Indian Civil Veterinary Department memoirs
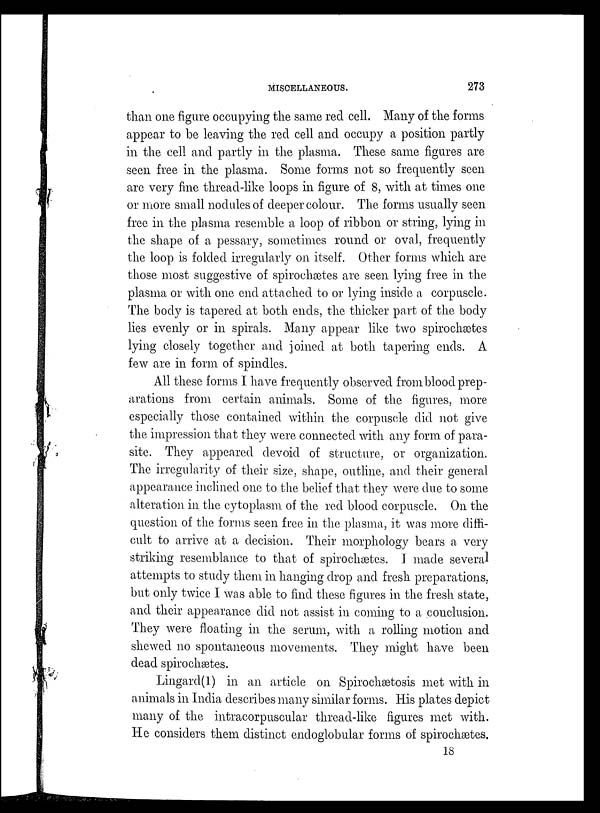
MISCELLANEOUS.
273
than one figure occupying the same red cell. Many of the forms
appear to be leaving the red cell and occupy a position partly
in the cell and partly in the plasma. These same figures are
seen free in the plasma, Some forms not so frequently seen
are very fine thread-like loops in figure of 8, with at times one
or more small nodules of deeper colour. The forms usually seen
free in the plasma resemble a loop of ribbon or string, lying in
the shape of a pessary, sometimes round or oval, frequently
the loop is folded irregularly on itself. Other forms which are
those most suggestive of spirochætes are seen lying free in the
plasma or with one end attached to or lying inside a corpuscle.
The body is tapered at both ends, the thicker part of the body
lies evenly or in spirals. Many appear like two spirochætes
lying closely together and joined at both tapering ends. A
few are in form of spindles.
All these forms I have frequently observed from blood prep-
arations from certain animals. Some of the figures, more
especially those contained within the corpuscle did not give
the impression that they were connected with any form of para-
site. They appeared devoid of structure, or organization.
The irregularity of their size, shape, outline, and their general
appearance inclined one to the belief that they were due to some
alteration in the cytoplasm of the red blood corpuscle. On the
question of the forms seen free in the plasma, it was more diffi-
cult to arrive at a decision. Their morphology bears a very
striking resemblance to that of spirochætes. I made several
attempts to study them in hanging drop and fresh preparations,
but only twice I was able to find these figures in the fresh state,
and their appearance did not assist in coming to a conclusion.
They were floating in the serum, with a rolling motion and
shewed no spontaneous movements. They might have been
dead spirochætes.
Lingard(l) in an article on Spirochætosis met with in
animals in India describes many similar forms. His plates depict
many of the intracorpuscular thread-like figures met with.
He considers them distinct endoglobular forms of spirochætes.
18